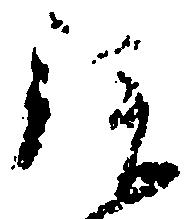
拝